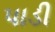
પાડી